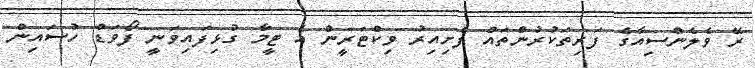
ރޭ ވެލެންސިއާގެ ފަރިތަކުރުންތައް ފެށިއިރު ވިކްޓަރީން އެ ޓީމާ ގުޅިފައިވަނީ ފޯވަޑް ހުސައިން